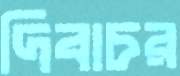
দিবাচর